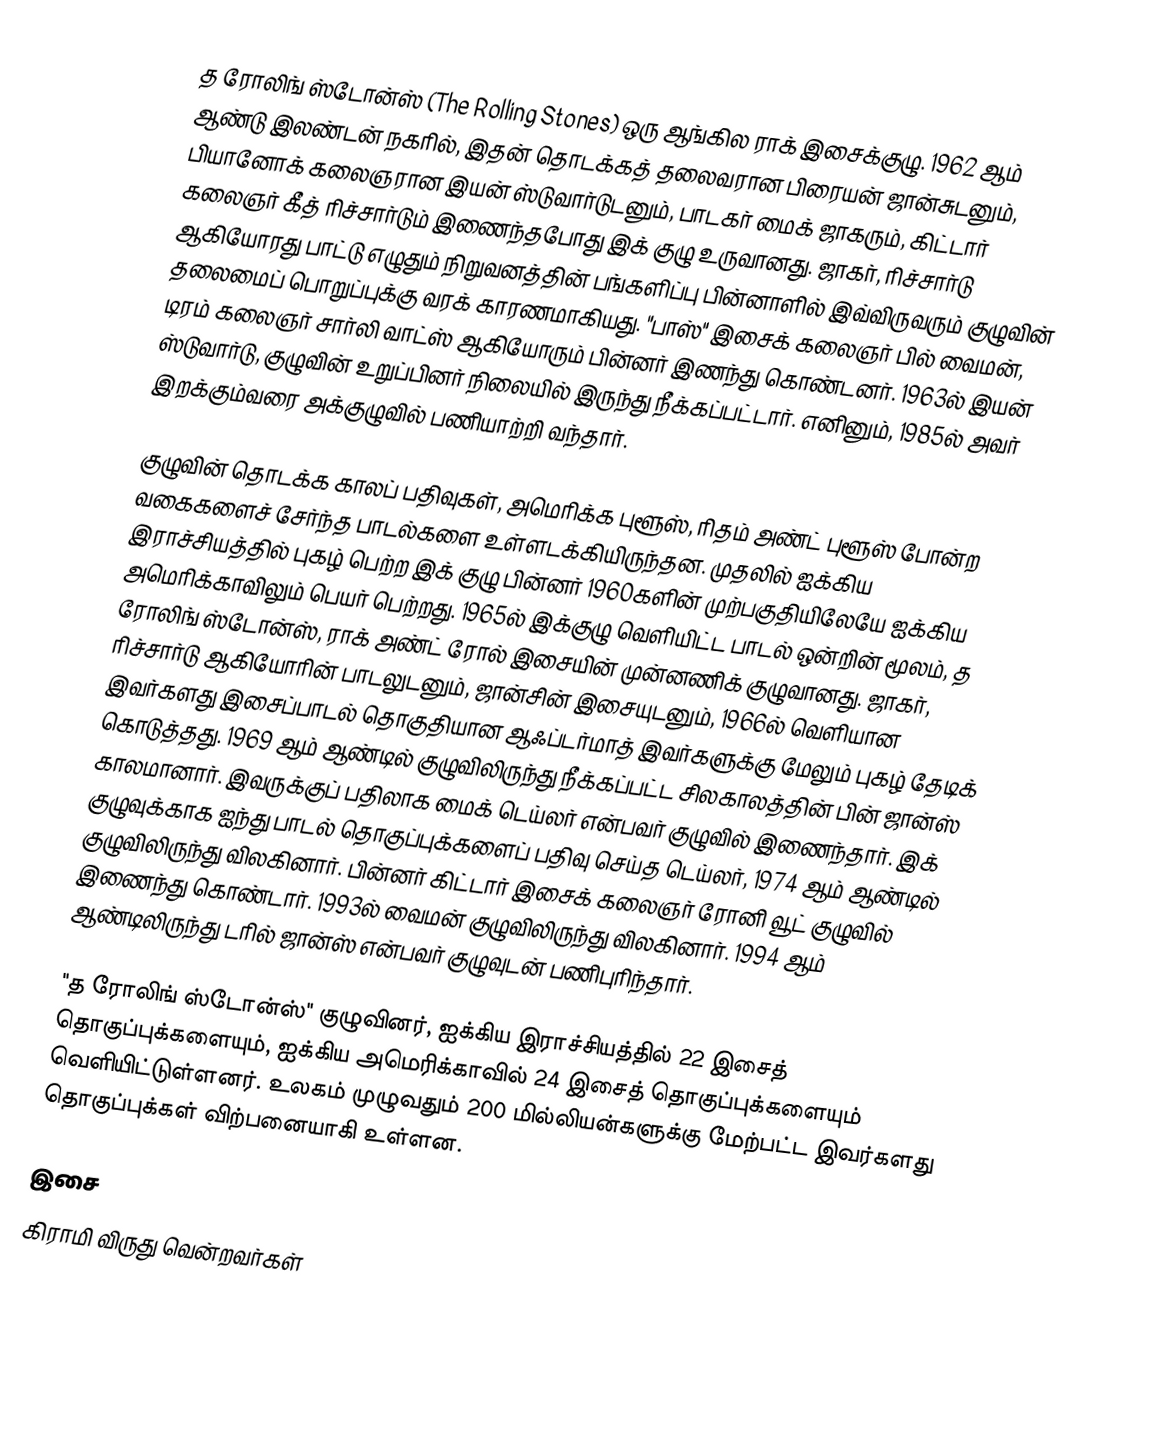
த ரோலிங் ஸ்டோன்ஸ் (The Rolling Stones) ஒரு ஆங்கில ராக் இசைக்குழு. 1962 ஆம் ஆண்டு இலண்டன் நகரில், இதன் தொடக்கத் தலைவரான பிரையன் ஜான்சுடனும், பியானோக் கலைஞரான இயன் ஸ்டுவார்டுடனும், பாடகர் மைக் ஜாகரும், கிட்டார் கலைஞர் கீத் ரிச்சார்டும் இணைந்தபோது இக் குழு உருவானது. ஜாகர், ரிச்சார்டு ஆகியோரது பாட்டு எழுதும் நிறுவனத்தின் பங்களிப்பு பின்னாளில் இவ்விருவரும் குழுவின் தலைமைப் பொறுப்புக்கு வரக் காரணமாகியது. "பாஸ்" இசைக் கலைஞர் பில் வைமன், டிரம் கலைஞர் சார்லி வாட்ஸ் ஆகியோரும் பின்னர் இணந்து கொண்டனர். 1963ல் இயன் ஸ்டுவார்டு, குழுவின் உறுப்பினர் நிலையில் இருந்து நீக்கப்பட்டார். எனினும், 1985ல் அவர் இறக்கும்வரை அக்குழுவில் பணியாற்றி வந்தார்.

குழுவின் தொடக்க காலப் பதிவுகள், அமெரிக்க புளூஸ், ரிதம் அண்ட் புளூஸ் போன்ற வகைகளைச் சேர்ந்த பாடல்களை உள்ளடக்கியிருந்தன. முதலில் ஐக்கிய இராச்சியத்தில் புகழ் பெற்ற இக் குழு பின்னர் 1960களின் முற்பகுதியிலேயே ஐக்கிய அமெரிக்காவிலும் பெயர் பெற்றது. 1965ல் இக்குழு வெளியிட்ட பாடல் ஒன்றின் மூலம், த ரோலிங் ஸ்டோன்ஸ், ராக் அண்ட் ரோல் இசையின் முன்னணிக் குழுவானது. ஜாகர், ரிச்சார்டு ஆகியோரின் பாடலுடனும், ஜான்சின் இசையுடனும், 1966ல் வெளியான இவர்களது இசைப்பாடல் தொகுதியான ஆஃப்டர்மாத் இவர்களுக்கு மேலும் புகழ் தேடிக் கொடுத்தது. 1969 ஆம் ஆண்டில் குழுவிலிருந்து நீக்கப்பட்ட சிலகாலத்தின் பின் ஜான்ஸ் காலமானார். இவருக்குப் பதிலாக மைக் டெய்லர் என்பவர் குழுவில் இணைந்தார். இக் குழுவுக்காக ஐந்து பாடல் தொகுப்புக்களைப் பதிவு செய்த டெய்லர், 1974 ஆம் ஆண்டில் குழுவிலிருந்து விலகினார். பின்னர் கிட்டார் இசைக் கலைஞர் ரோனி வூட் குழுவில் இணைந்து கொண்டார். 1993ல் வைமன் குழுவிலிருந்து விலகினார். 1994 ஆம் ஆண்டிலிருந்து டரில் ஜான்ஸ் என்பவர் குழுவுடன் பணிபுரிந்தார்.

"த ரோலிங் ஸ்டோன்ஸ்" குழுவினர், ஐக்கிய இராச்சியத்தில் 22 இசைத் தொகுப்புக்களையும், ஐக்கிய அமெரிக்காவில் 24 இசைத் தொகுப்புக்களையும் வெளியிட்டுள்ளனர். உலகம் முழுவதும் 200 மில்லியன்களுக்கு மேற்பட்ட இவர்களது தொகுப்புக்கள் விற்பனையாகி உள்ளன.

இசை
கிராமி விருது வென்றவர்கள்